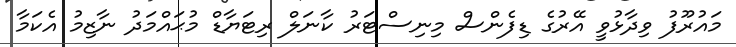
މައުރޫފު ވިދާޅުވީ އޭރުގެ ޑިފެންސް މިނިސްޓަރު ކާނަލް ރިޓަޔާޑް މުޙައްމަދު ނާޒިމު އެކަމާ